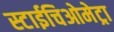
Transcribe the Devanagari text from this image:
स्टाईचिओमेट्रा